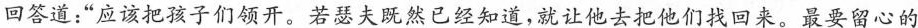
回答道：”应该把孩子们领开。若瑟夫既然已经知道，就让他去把他们找回来。最要留心的